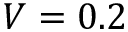
V = 0 . 2